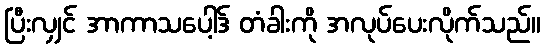
ပြီးလျှင် အာကာသပေါ့ဒ် တံခါးကို အလုပ်ပေးလိုက်သည်။